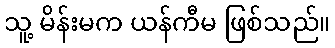
သူ့ မိန်းမက ယန်ကီမ ဖြစ်သည်။